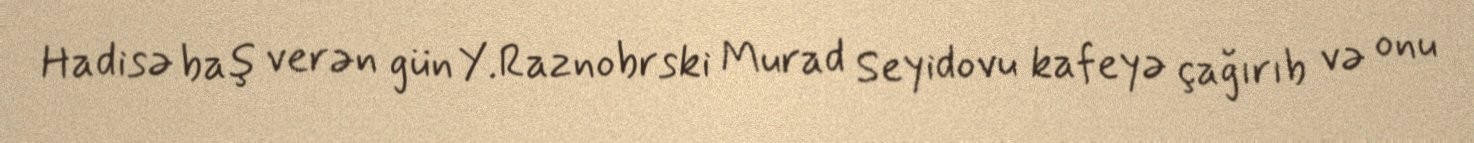
Hadisə baş verən gün Y.Raznobrski Murad Seyidovu kafeyə çağırıb və onu